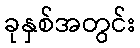
ခုနှစ်အတွင်း